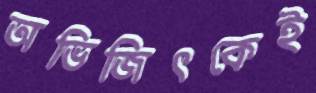
অভিজিৎকেই